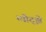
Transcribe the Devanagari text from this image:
ग्योट्झे